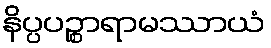
နိပ္ပပဉ္စာရာမဿာယံ